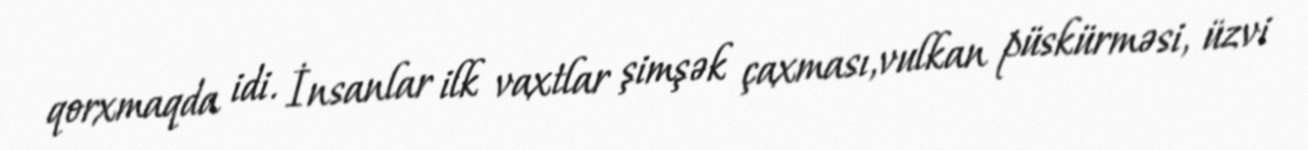
qorxmaqda idi. İnsanlar ilk vaxtlar şimşək çaxması,vulkan püskürməsi, üzvi